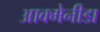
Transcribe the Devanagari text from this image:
आक्मेनीडा